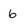
Character: 6